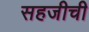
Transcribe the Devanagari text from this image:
सहजीची